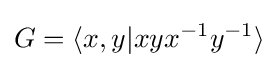
G=\langle x,y|xyx^{-1}y^{-1}\rangle